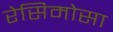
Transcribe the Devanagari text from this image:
रेसिमोसा